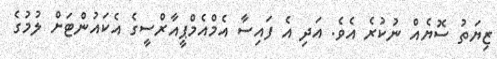
ޒިޔަތު ސޮޔެއް ނުކުރެ އެވެ. އަދި އެ ފައިސާ އެމްއެމްޕީއާރްސީގެ އެކައުންޓަށް ލުމުގެ